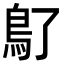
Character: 𩾒